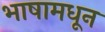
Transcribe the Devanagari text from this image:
भाषामधून